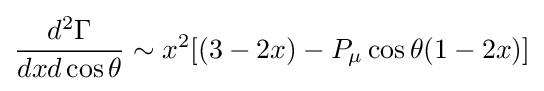
{\frac {d^{2}\Gamma }{dxd\cos \theta }}\sim x^{2}[(3-2x)-P_{\mu }\cos \theta (1-2x)]